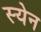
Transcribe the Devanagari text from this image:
स्येन